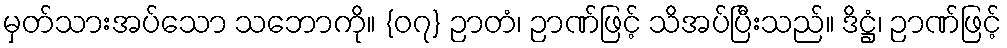
မှတ်သားအပ်သော သဘောကို။ {၀၇} ဉာတံ၊ ဉာဏ်ဖြင့် သိအပ်ပြီးသည်။ ဒိဋ္ဌံ၊ ဉာဏ်ဖြင့်